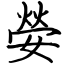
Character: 嫈